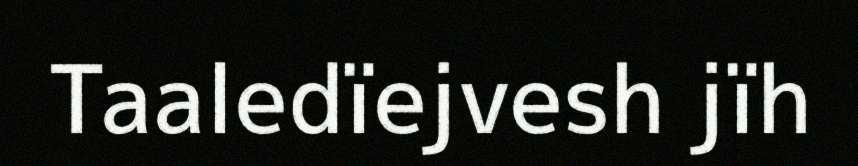
Taaledïejvesh jïh